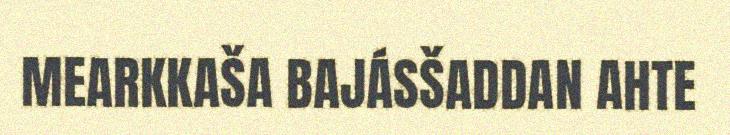
MEARKKAŠA BAJÁSŠADDAN AHTE